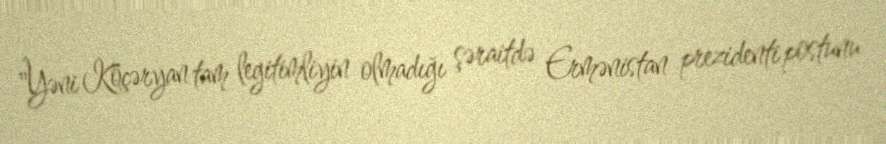
"Yəni Köçəryan tam legitimliyin olmadığı şəraitdə Ermənistan prezidenti postunu